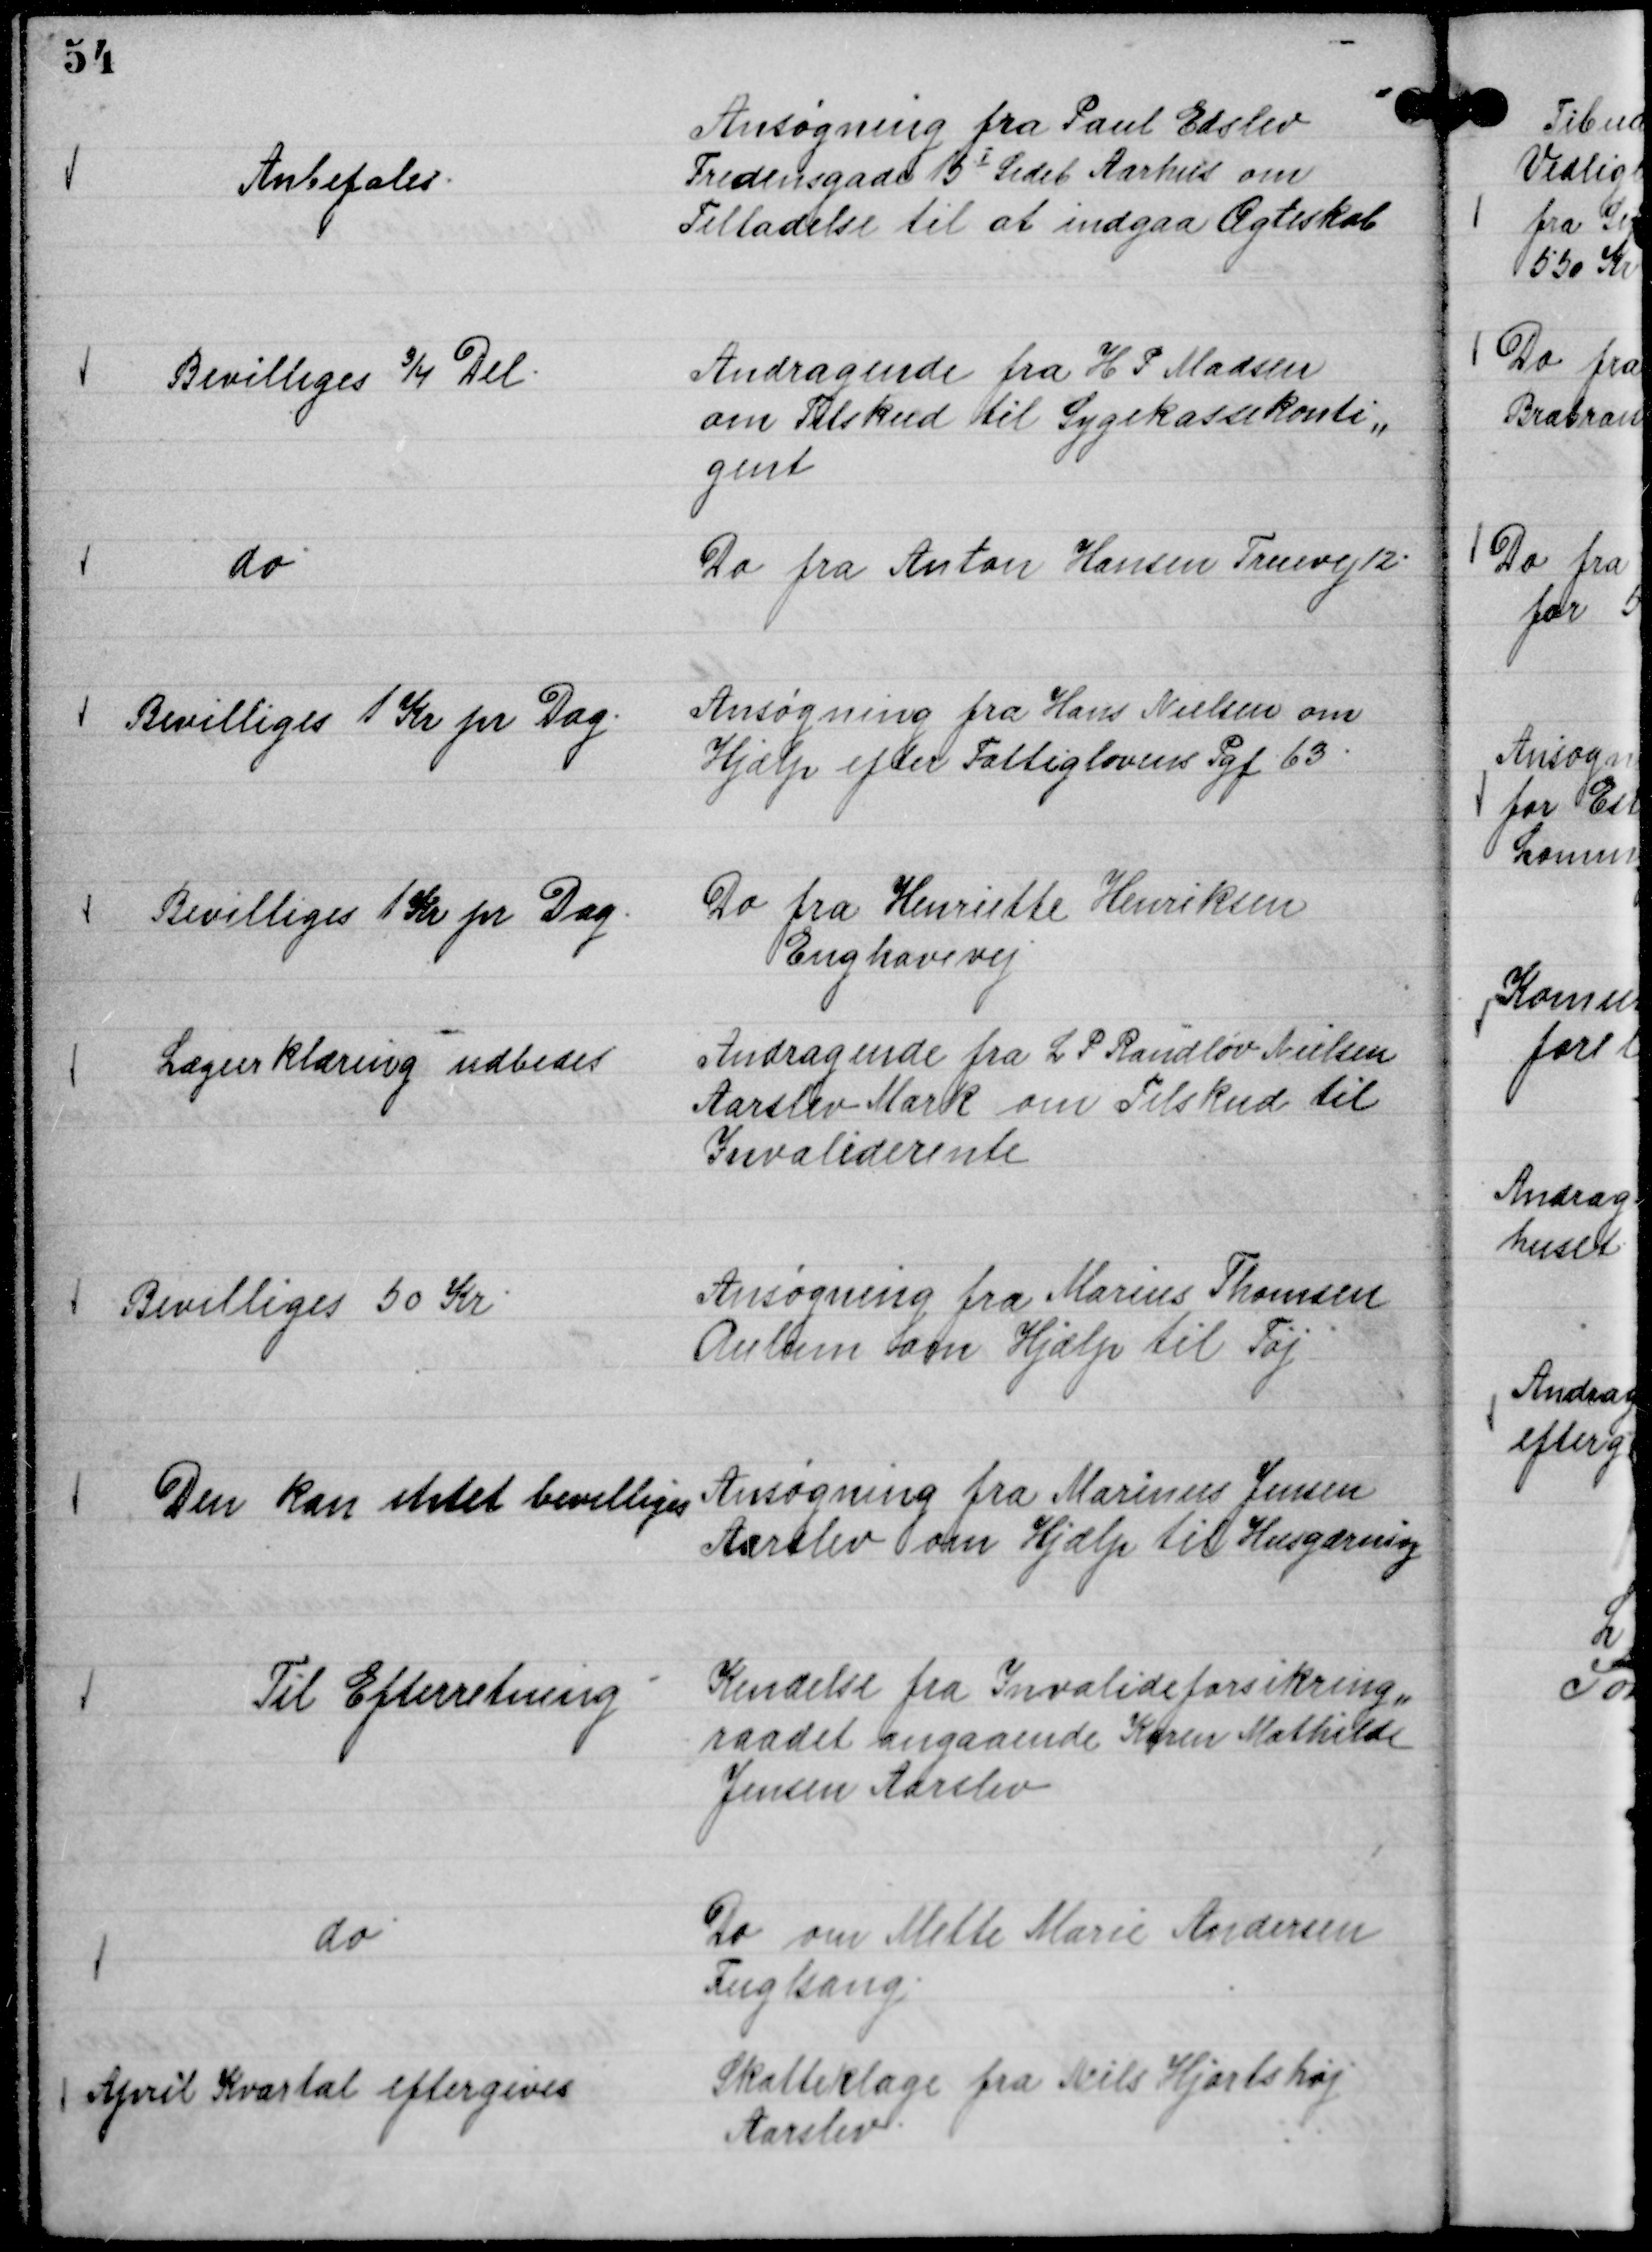
Transskription:
Ansøgning fra Paul Edslev
Fredensgade 15 Ⅰ Sideb Aarhus om
Tilladelse til at indgaa Ægteskab

Anbefales.

Andragende fra H P Madsen
om Tilskud til Sygekassekonti,,
gent

Bevilliges ¾ Del.

Do fra Anton Hansen Truevej 12.

do

Ansøgning fra Hans Nielsen om
Hjælp efter Fattiglovens Pgf 63.

Bevilliges 1 Kr pr Dag.

Do fra Henriette Henriksen
Enghavevej

Bevilliges 1 Kr pr Dag.

Andragende fra L P Randløv Nielsen
Aarslev Mark om Tilskud til
Invaliderente

Lægeerklæring udbedes

Ansøgning fra Marius Thomsen
Aulum om Hjælp til Tøj

Bevilliges 50 Kr

Ansøgning fra Marinus Jensen
Aarslev om Hjælp til Husgærning

Den kan intet bevilliges

Kendelse fra Invalideforsikring,,
raadet angaaende Karen Mathilde
Jensen Aarslev

Til Efterretning

Do om Mette Marie Andersen
Fuglsang.

do

Skatteklage fra Niels Hjortshøj
Aarslev.

April Kvartal eftergives